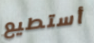
أستطيع